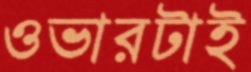
ওভারটাই